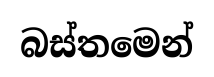
බස්තමෙන්